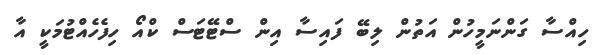
ހިއްސާ ގަންނަމީހުން އަތުން ލިބޭ ފައިސާ އިން ސްޓޭޓަސް ކްއޯ ހިފެހެއްޓުމަކީ އާ